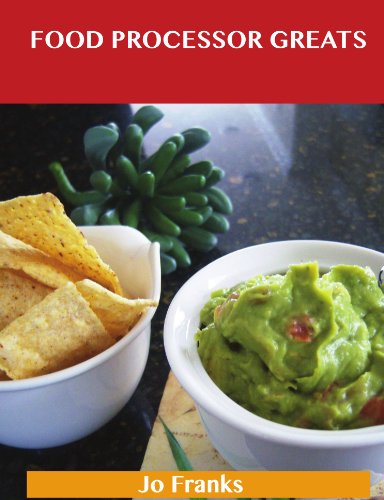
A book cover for Food Processor Greats: Delicious Food Processor Recipes, The Top 100 Food Processor Recipes; Jo Franks; Cookbooks, Food & Wine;